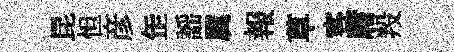
昆怛彦𦈢謡属報草客庸羖